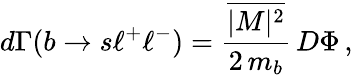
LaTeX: d\Gamma(b\to s\ell^{+}\ell^{-})=\frac{\overline{{{|M|^{2}}}}}{2\, m_{b}}\, D\Phi\, ,